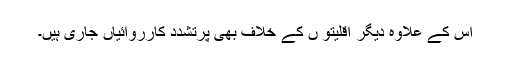
اس کے علاوہ دیگر اقلیتو ں کے خلاف بھی پرتشدد کارروائیاں جاری ہیں۔